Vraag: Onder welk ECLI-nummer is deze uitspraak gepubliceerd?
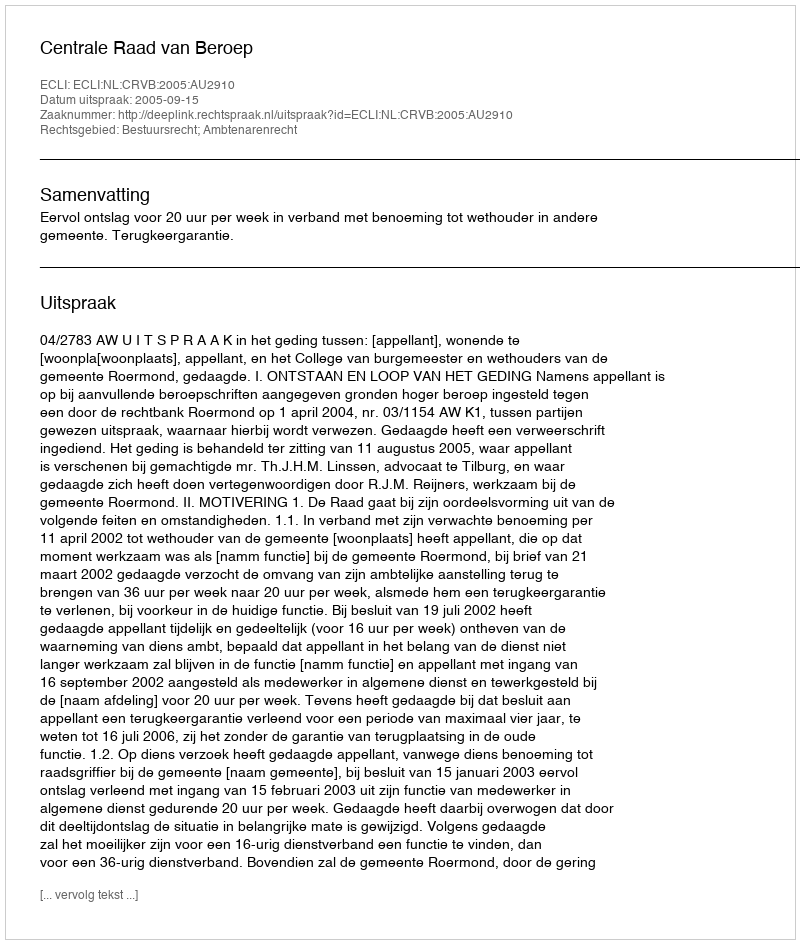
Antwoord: ECLI:NL:CRVB:2005:AU2910